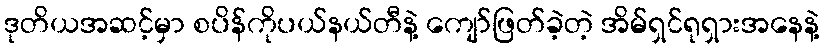
ဒုတိယအဆင့်မှာ စပိန်ကိုပယ်နယ်တီနဲ့ ကျော်ဖြတ်ခဲ့တဲ့ အိမ်ရှင်ရုရှားအနေနဲ့